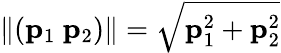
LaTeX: \| (\mathbf{p}_{1}~\mathbf{p}_{2})\| =\sqrt{\mathbf{p}_{1}^{2}+\mathbf{p}_{2}^{2}}